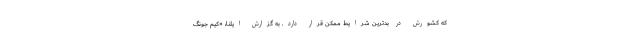
که کشورش در بدترین شرایط ممکن قرار دارد. به گزارش ایلنا، «کیم جونگ